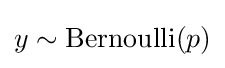
y\sim {\text{Bernoulli}}(p)